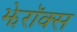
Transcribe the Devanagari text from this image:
झेरॉक्‍स